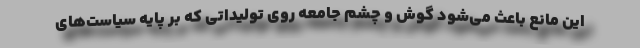
این مانع باعث می‌شود گوش و چشم جامعه روی تولیداتی که بر پایه سیاست‌های